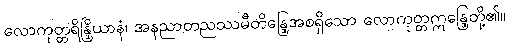
လောကုတ္တရိန္ဒြိယာနံ၊ အနညာတညဿမီတိန္ဒြေအစရှိသော လောကုတ္တဣန္ဒြေတို့၏။